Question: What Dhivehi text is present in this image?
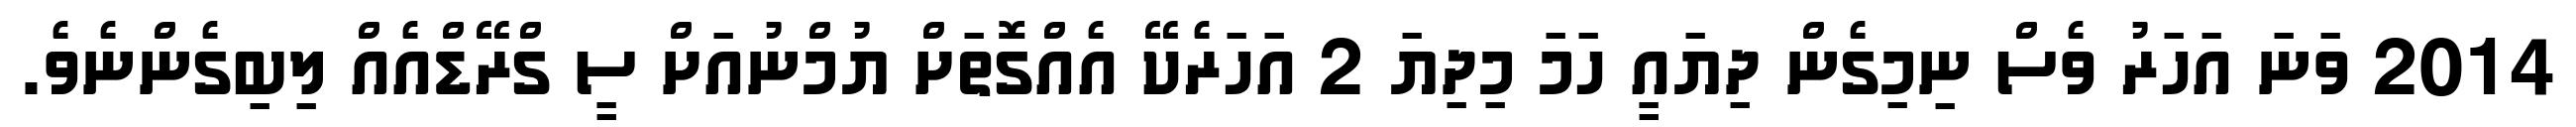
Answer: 2014 ވަނަ އަހަރު ވެސް ނިމިގެން ދިޔައީ ހަމަ މިދިޔަ 2 އަހަރެކޭ އެއްގޮތަށް ޔުމްނުއަށް ސީ ގްރޭޑްއެއް ލިބިގެންނެވެ.